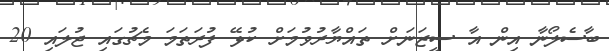
ބާސެލޯނާ އިން އާ ސީޒަނަށް ތައްޔާރުވުމަށް ކުޅޭ ފުރަތަމަ މެޗުގައި ޖުލައި 20